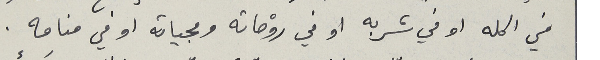
في اكله او في شربه او في روْحاته ومجياته او في منامه .